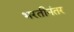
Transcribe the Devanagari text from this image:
भरतीनंतर